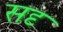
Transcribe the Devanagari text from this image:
सदृ